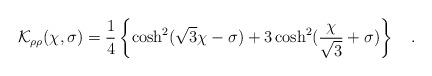
LaTeX: \begin{align*}{\cal K}_{\rho\rho}(\chi,\sigma) =\frac{1}{4}\left\{\cosh^2(\sqrt{3}\chi-\sigma)+3\cosh^2(\frac{\chi}{\sqrt{3}}+\sigma) \right\}\quad.\end{align*}